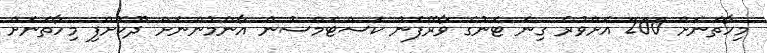
މިހާތަނަށް 200 އަށްވުރެ ގިނަ ޓަނުގެ ވާރޭފެން ކަސްޓަމްސުން އާންމުންނަށް ދޫކޮށްފި މިހާތަނަށް